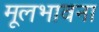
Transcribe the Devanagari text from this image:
मूलभावना